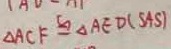
\Delta A C F \cong \Delta A E D ( S A S )